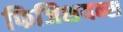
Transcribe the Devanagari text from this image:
फिजिशयन्स